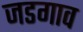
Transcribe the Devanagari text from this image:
जडगाव